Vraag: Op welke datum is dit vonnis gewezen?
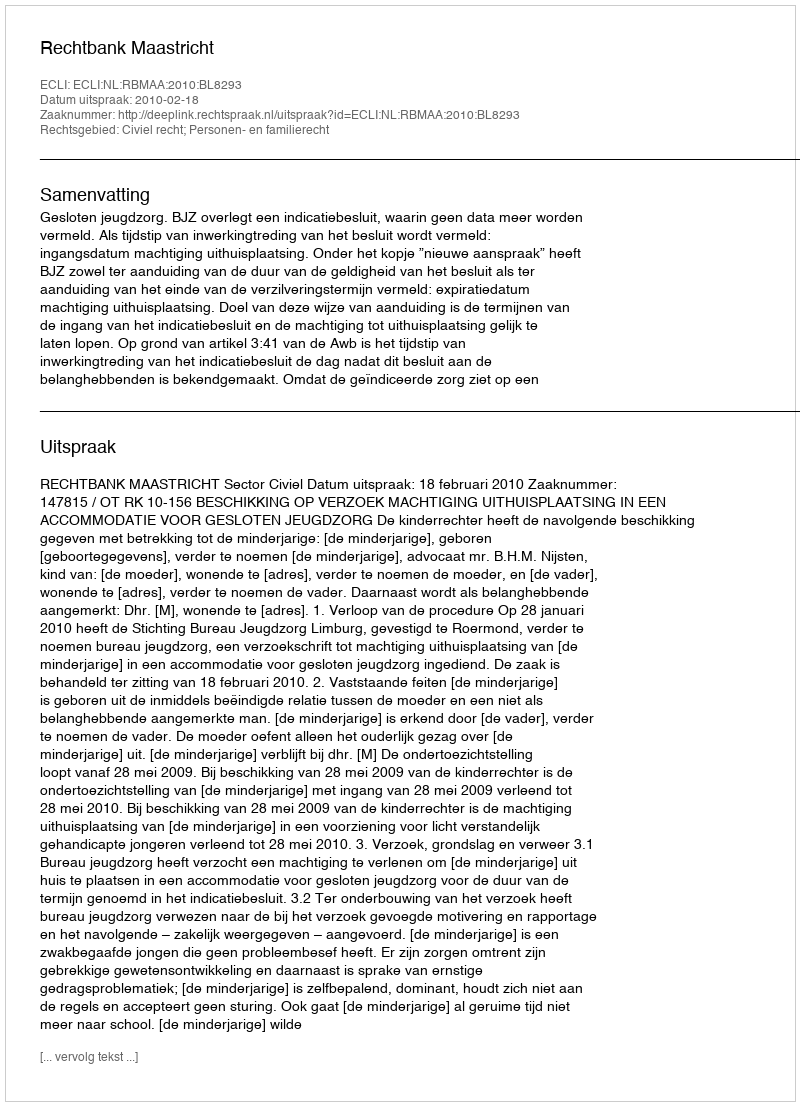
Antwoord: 2010-02-18